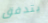
يتدفق